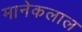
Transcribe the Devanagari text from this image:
मानेकलाल